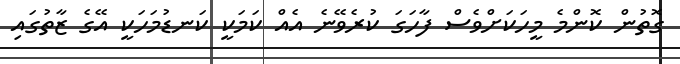
ގޮތުން ކޮންމެ މީހަކަށްވެސް ފާހަގަ ކުރެވޭނެ އެއް ކަމަކީ ކަނޑުމަހަކީ އޭގެ ޒާތުގައި